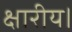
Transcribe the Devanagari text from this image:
क्षारीय।